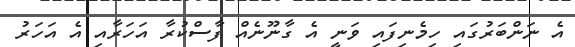
އެ ނަންބަރުގައި ހިމެނިފައި ވަނީ އެ ގާނޫނެއް ފާސްކުރާ އަހަރާއި އެ އަހަރު